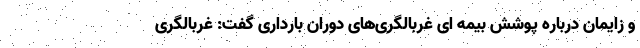
و زایمان درباره پوشش بیمه ای غربالگری‌های دوران بارداری گفت: غربالگری